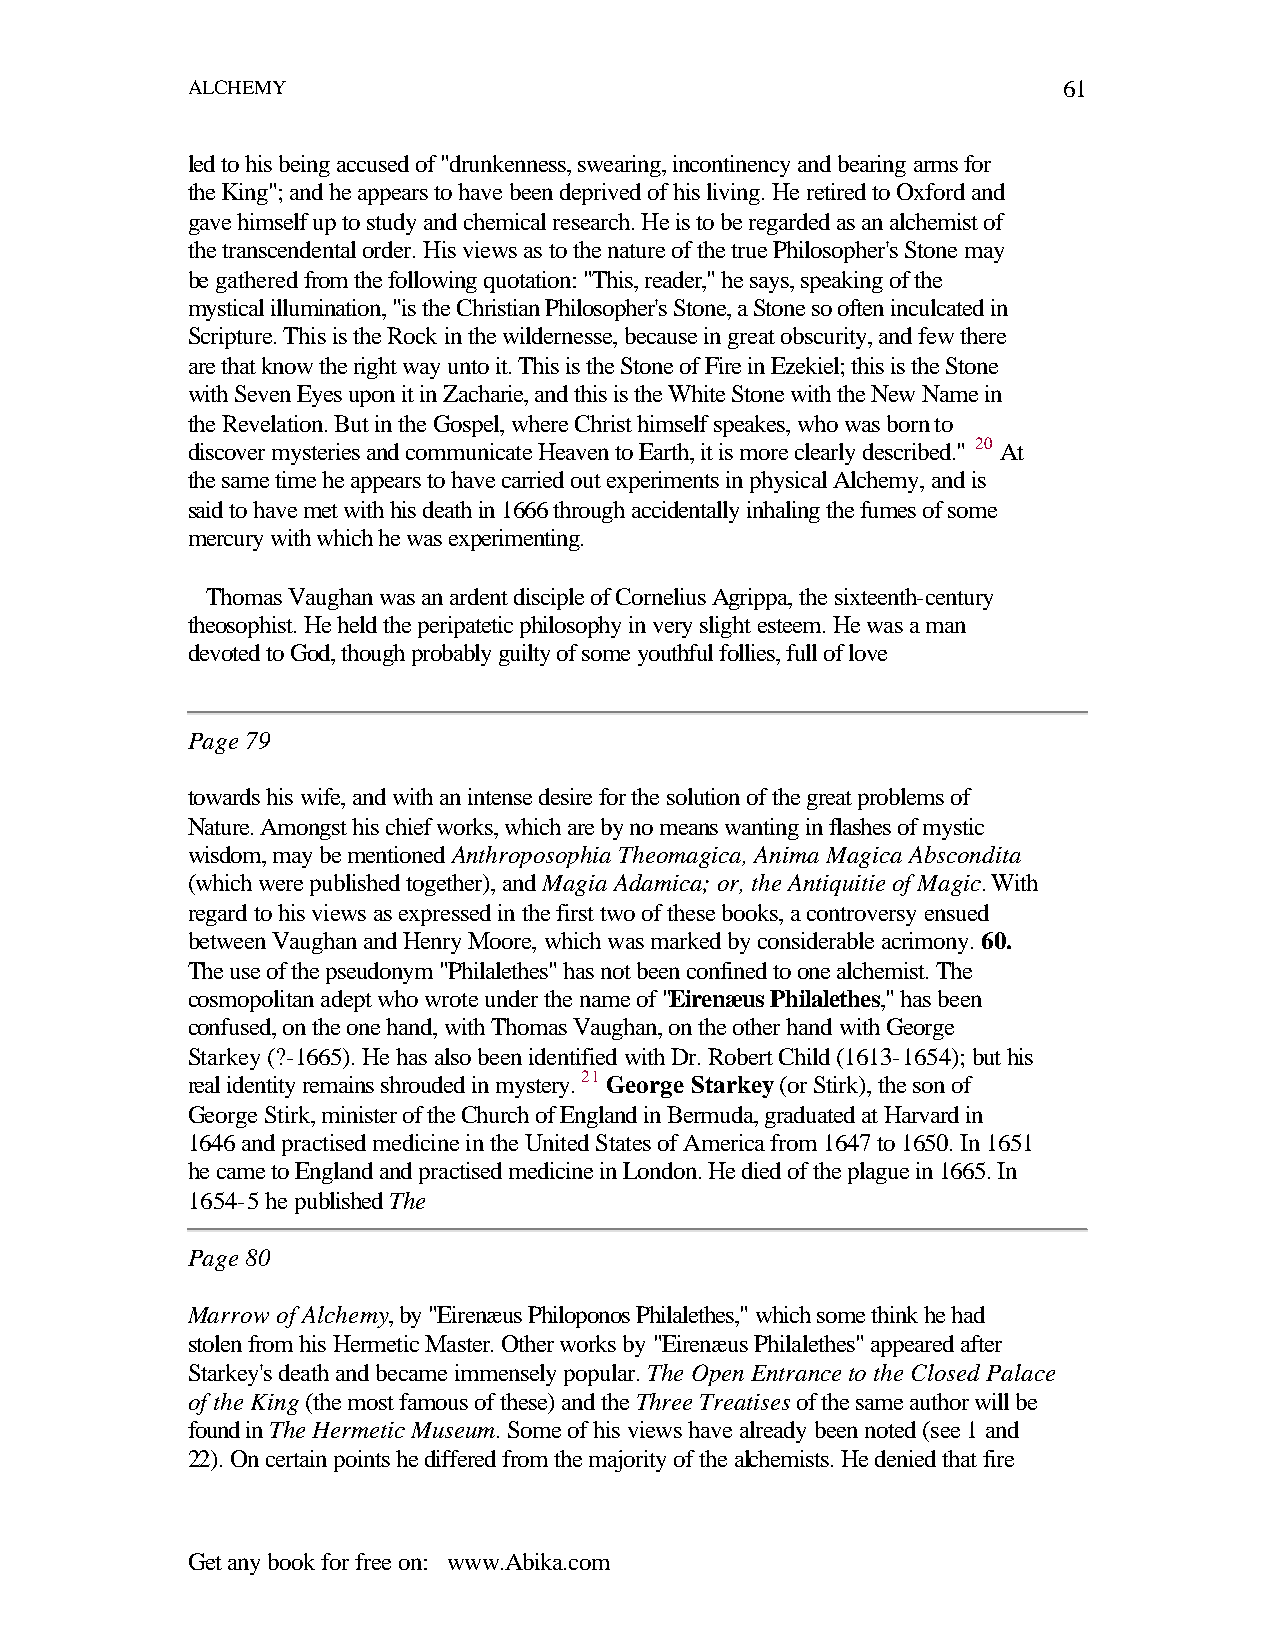
ALCHEMY                                                   61
 led to his being accused of "drunkenness, swearing, incontinency and bearing arms for
 the King"; and he appears to have been deprived of his living. He retired to Oxford and
 gave himself up to study and chemical research. He is to be regarded as an alchemist of
 the transcendental order. His views as to the nature of the true Philosopher's Stone may
 be gathered from the following quotation: "This, reader," he says, speaking of the
 mystical illumination, "is the Christian Philosopher's Stone, a Stone so often inculcated in
 Scripture. This is the Rock in the wildernesse, because in great obscurity, and few there
 are that know the right way unto it. This is the Stone of Fire in Ezekiel; this is the Stone
 with Seven Eyes upon it in Zacharie, and this is the White Stone with the New Name in
 the Revelation. But in the Gospel, where Christ himself speakes, who was born to
 discover mysteries and communicate Heaven to Earth, it is more clearly described." 20 At
 the same time he appears to have carried out experiments in physical Alchemy, and is
 said to have met with his death in 1666 through accidentally inhaling the fumes of some
 mercury with which he was experimenting.
 Thomas Vaughan was an ardent disciple of Cornelius Agrippa, the sixteenth-century
 theosophist. He held the peripatetic philosophy in very slight esteem. He was a man
 devoted to God, though probably guilty of some youthful follies, full of love
 Page 79
 towards his wife, and with an intense desire for the solution of the great problems of
 Nature. Amongst his chief works, which are by no means wanting in flashes of mystic
 wisdom, may be mentioned Anthroposophia Theomagica, Anima Magica Abscondita
 (which were published together), and Magia Adamica; or, the Antiquitie of Magic. With
 regard to his views as expressed in the first two of these books, a controversy ensued
 between Vaughan and Henry Moore, which was marked by considerable acrimony. 60.
 The use of the pseudonym "Philalethes" has not been confined to one alchemist. The
 cosmopolitan adept who wrote under the name of "Eirenæus Philalethes," has been
 confused, on the one hand, with Thomas Vaughan, on the other hand with George
 Starkey (?-1665). He has also been identified with Dr. Robert Child (1613-1654); but his
 real identity remains shrouded in mystery. 21 George Starkey (or Stirk), the son of
 George Stirk, minister of the Church of England in Bermuda, graduated at Harvard in
 1646 and practised medicine in the United States of America from 1647 to 1650. In 1651
 he came to England and practised medicine in London. He died of the plague in 1665. In
 1654-5 he published The
 Page 80
 Marrow of Alchemy, by "Eirenæus Philoponos Philalethes," which some think he had
 stolen from his Hermetic Master. Other works by "Eirenæus Philalethes" appeared after
 Starkey's death and became immensely popular. The Open Entrance to the Closed Palace
 of the King (the most famous of these) and the Three Treatises of the same author will be
 found in The Hermetic Museum. Some of his views have already been noted (see 1 and
 22). On certain points he differed from the majority of the alchemists. He denied that fire
 Get any book for free on: www.Abika.com